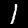
Digit: 1